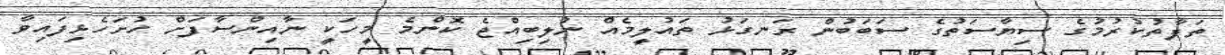
ތަފާތުކުރުމުގެ ސިޔާސަތުގެ ސަބަބުން ރަނގަޅު ތައުލީމެއް ނުލިބިއްޖެ ކޮންމެ މީހަކީ ނާއިންސާފަށް ހުށަހެޅިފައިވާ